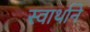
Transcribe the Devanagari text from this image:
स्वार्थाने